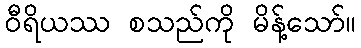
ဝီရိယဿ စသည်ကို မိန့်သော်။